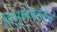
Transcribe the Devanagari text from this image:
विभुरूपत्वेन